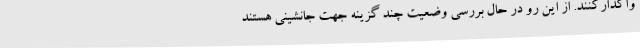
واگذارکنند. از این رو در حال بررسی وضعیت چند گزینه جهت جانشینی هستند